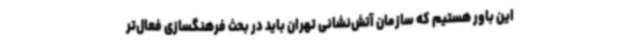
این باور هستیم که سازمان آتش‌نشانی تهران باید در بحث فرهنگسازی فعال‌تر